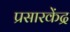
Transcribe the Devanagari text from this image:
प्रसारकेंद्र